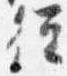
従